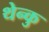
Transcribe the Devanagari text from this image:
थेन्कु